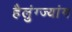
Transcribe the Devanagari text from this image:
हैलुंग्ज्यांग